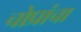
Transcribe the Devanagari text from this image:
चोप्रांचा